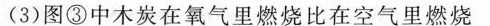
(3)图③中木炭在氧气里燃烧比在空气里燃烧